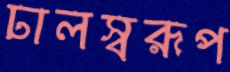
ঢালস্বরূপ